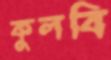
কুলবি